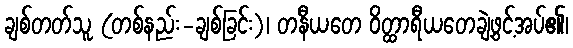
ချစ်တတ်သူ (တစ်နည်း-ချစ်ခြင်း)၊ တနီယတေ ဝိတ္ထာရီယတေချဲ့ဖွင့်အပ်၏၊